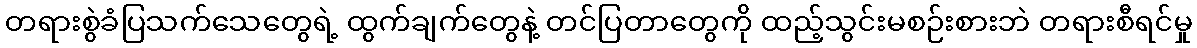
တရားစွဲခံပြသက်သေတွေရဲ့ ထွက်ချက်တွေနဲ့ တင်ပြတာတွေကို ထည့်သွင်းမစဉ်းစားဘဲ တရားစီရင်မှု